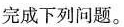
完成下列问题。